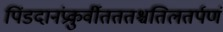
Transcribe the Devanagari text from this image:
पिंडदानंप्रकुर्वीतततश्चतिलतर्पणं